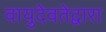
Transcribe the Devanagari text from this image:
वायुदेवतेद्वारा